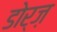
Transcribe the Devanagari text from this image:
डोर्ज़